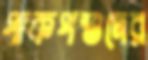
পাকপশুদের